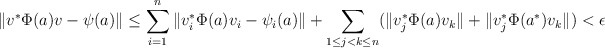
\begin{align*} \| v^\ast \Phi(a) v - \psi(a)\| \leq \sum_{i=1}^n \| v_i^\ast \Phi(a) v_i - \psi_i(a)\| + \sum_{1\leq j < k \leq n} (\| v_j^\ast \Phi(a) v_k \| + \| v_j^\ast \Phi(a^\ast) v_k\|) < \epsilon \end{align*}